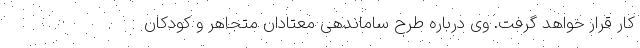
کار قرار خواهد گرفت. وی درباره طرح ساماندهی معتادان متجاهر و کودکان